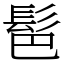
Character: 䯲